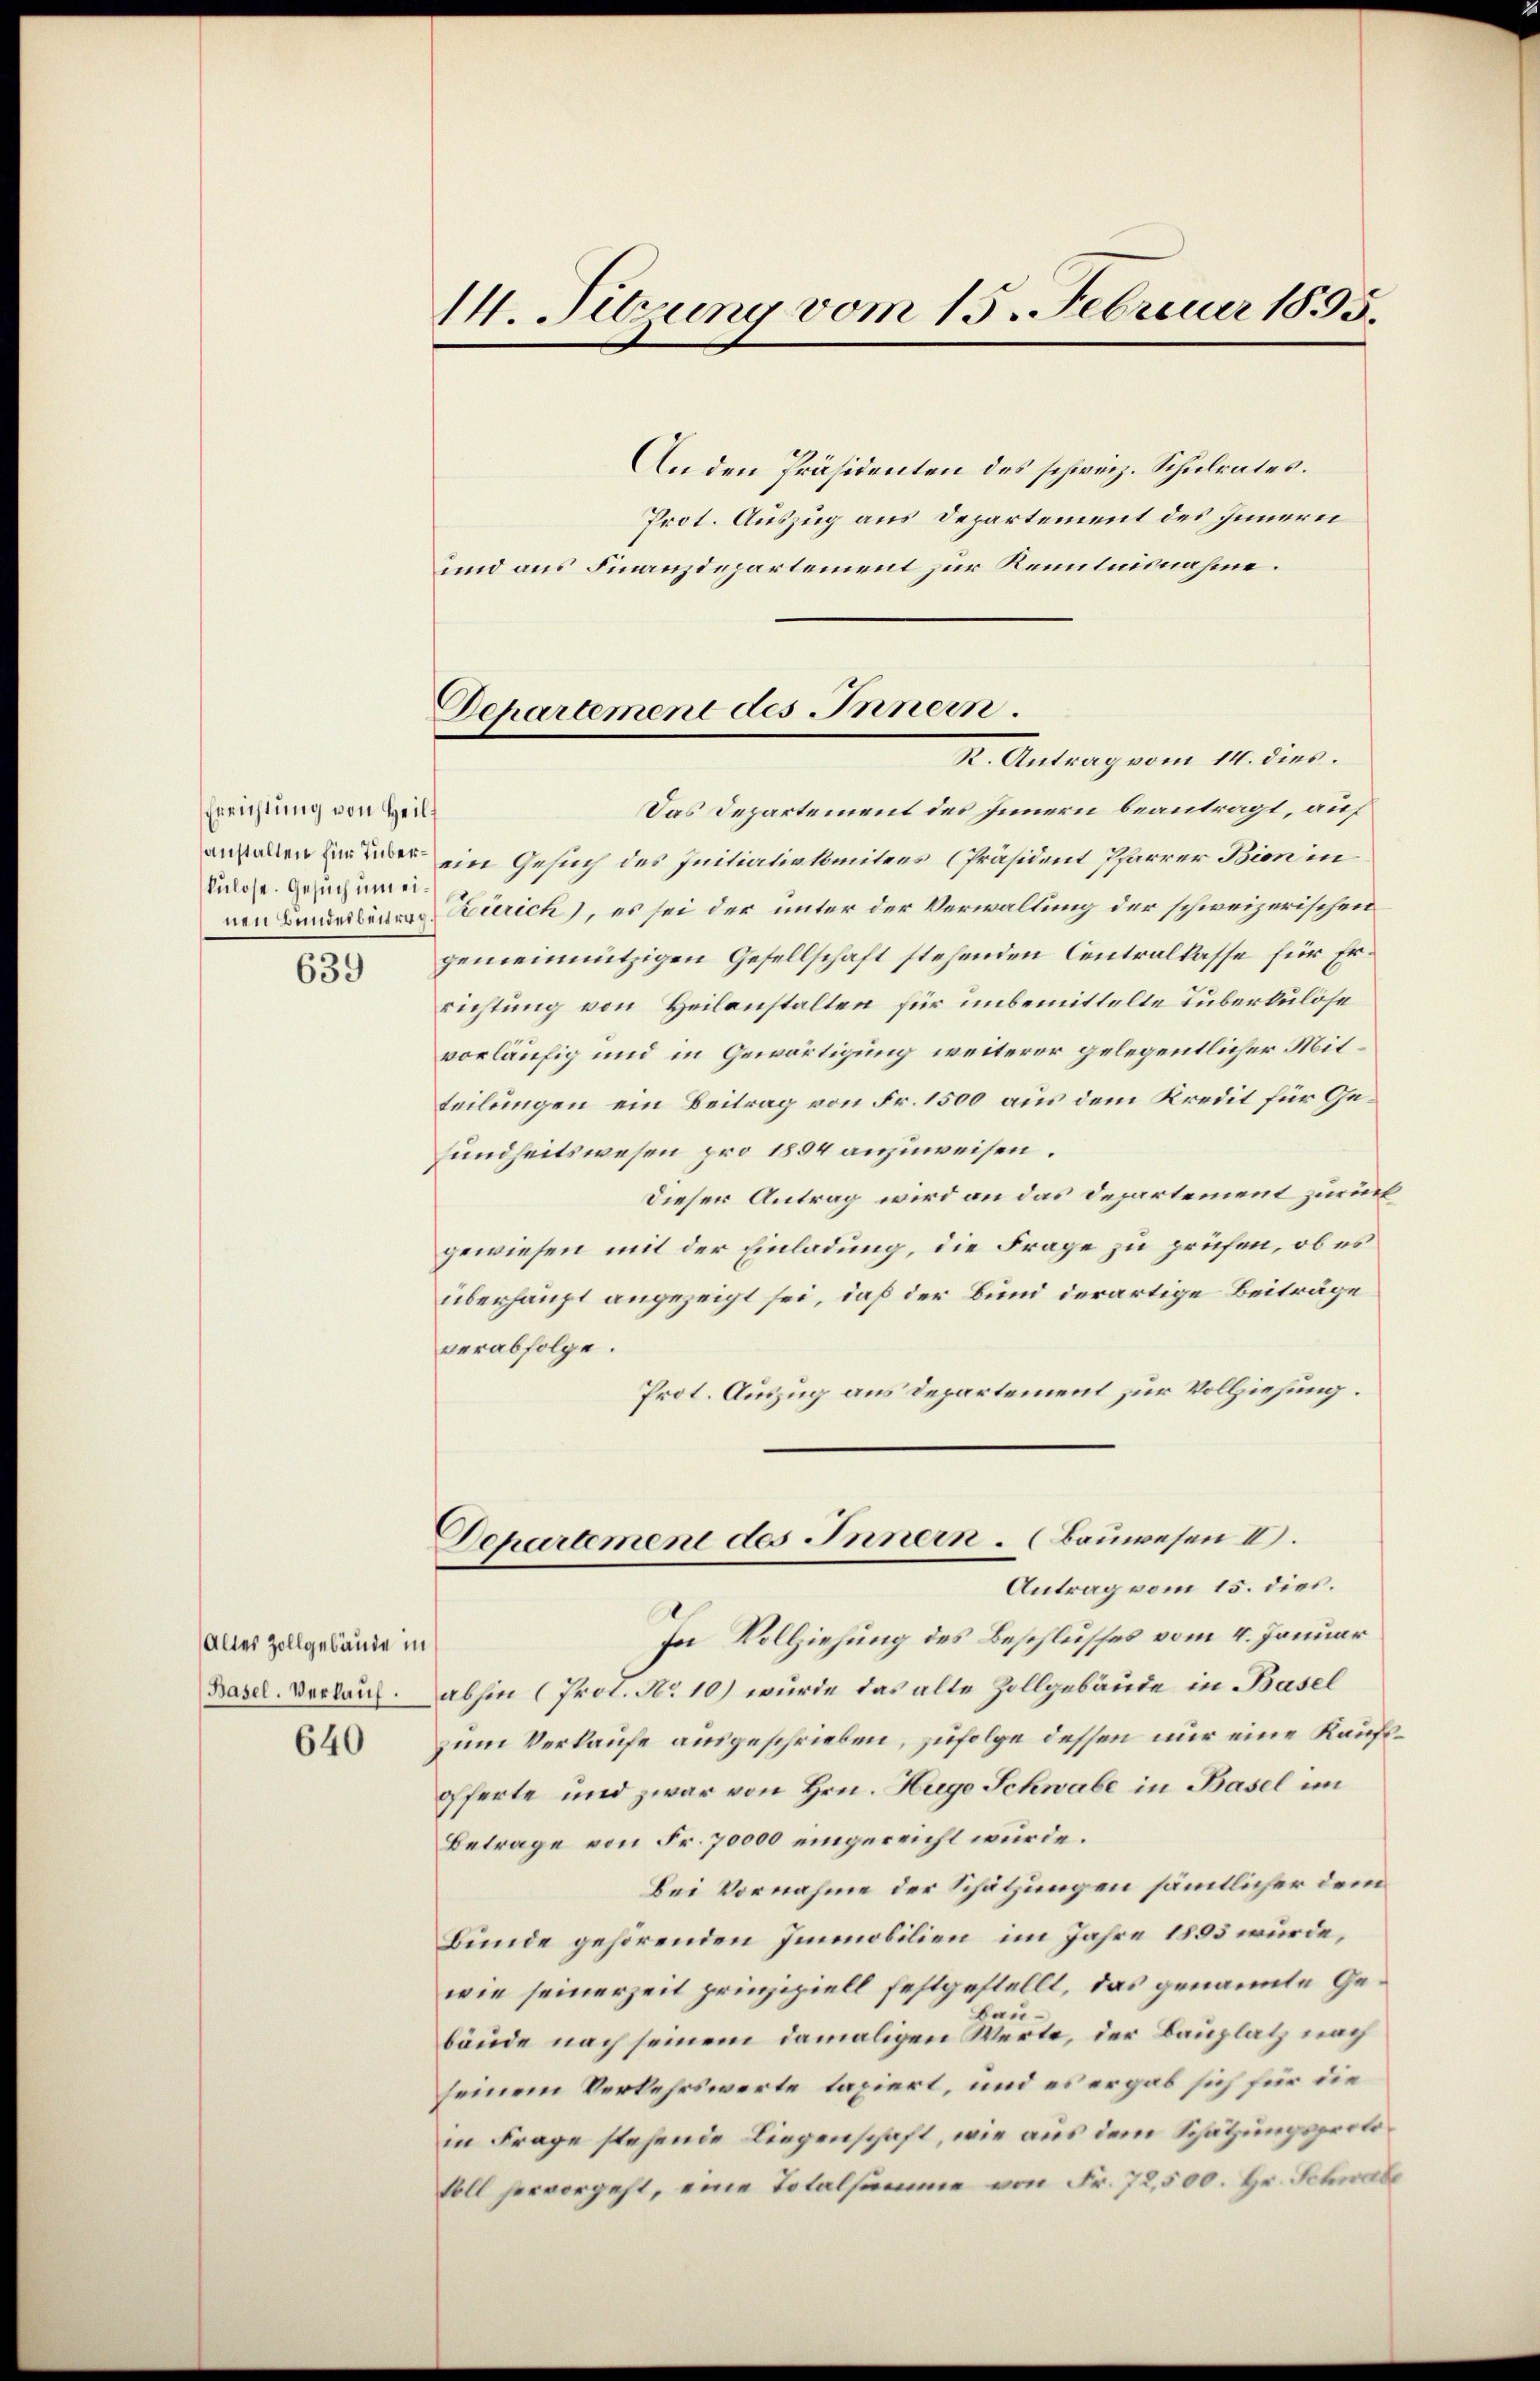
Errichtung von Heilsanstallen für Tuberkulose. Gesuch um ei¬

639

Alles Zollgebäude in
(Basel. Verlauf.
640

14. Sitzung vom 15. Februar 1855.

Departement des Innern.
K. Antrag vom 11. dies.

An den Präsidenten des schweiz. Schulrates.
Prot. Auszug aus Departement des Innern
und aus Finanzdepartement zur Kenntnisnahme.
Das Departement des Innern beantragt, auf
ein Gesuch des Initiativkomitees (Präsident Pfarrer Bion in
ven Linderten Zürich), es sei der unter der Verwaltung der schweizerischen
gemeinnützigen Gesellschaft stehenden Centralkasse für Errichtung von Heilanstalten für unbemittelte Tuberkulöse
vorläufig und in Gewärtigung weiterer gelegentlicher Mitteilungen ein Beitrag von Fr. 1500 aus dem Kredit für Gesundheitswesen pro 1894 anzuweisen.
Dieser Antrag wird an das Departement zurück
gewiesen mit der Einladung, die Frage zu prüfen, ob es
überhaupt angezeigt sei, daß der Bund derartige Beiträge
verabfolge.
Prot. Auszug aus Departement zur Vollziehung.
Departement des Innern. (Bauwesen II.
Antrag vom 15. dies.
In Vollziehung des Beschlusses vom 4. Januar
abhin (Prot. No 10) wurde das alte Zollgebäude in Basel
zum Verkaufe ausgeschrieben, zufolge dessen nur eine Kaufsofferte und zwar von Hrn. Hugo Schwabe in Basel im
Betrage von Fr. 70000 eingereicht würde.
Bei Vornahme der Schätzungen sämmtlicher dem
Bunde gehörenden Immobilien im Jahre 1883 wurde,
wie seinerzeit prinzipiell festgestellt, das genannte Gebaubäude nach seinem damaligen Werte, der Bauplatz nach
seinem Verkehrswerte taxiert, und es ergab sich für die
in Frage stehende Liegenschaft, wie aus dem Schätzungsprotosoll hervorgeht, eine Totalsumme von Fr. 72,500. Hr. Schwabe